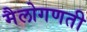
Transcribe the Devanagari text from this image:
मैलोगणती